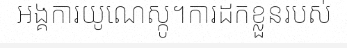
អង្គការយូណេស្កូ។ការដកខ្លួនរបស់